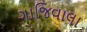
ગાજિવાલા